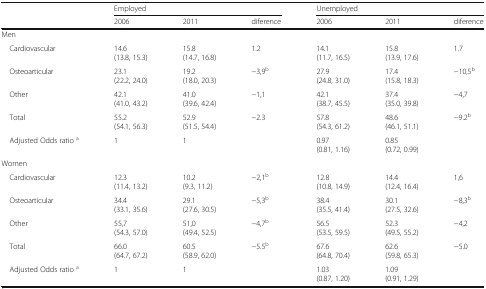
<table><thead><tr><td>[EMPTY_CELL]</td><td colspan="3"><b>Employed</b></td><td colspan="3"><b>Unemployed</b></td></tr><tr><td>[EMPTY_CELL]</td><td><b>2006</b></td><td><b>2011</b></td><td><b>diference</b></td><td><b>2006</b></td><td><b>2011</b></td><td><b>diference</b></td></tr></thead><tbody><tr><td colspan="7">Men</td></tr><tr><td> Cardiovascular</td><td>14.6(13.8, 15.3)</td><td>15.8(14.7, 16.8)</td><td>1.2</td><td>14.1(11.7, 16.5)</td><td>15.8(13.9, 17.6)</td><td>1.7</td></tr><tr><td> Osteoarticular</td><td>23.1(22.2, 24.0)</td><td>19.2(18.0, 20.3)</td><td>−3,9<sup>b</sup></td><td>27.9(24.8, 31.0)</td><td>17.4(15.8, 18.3)</td><td>−10,5<sup>b</sup></td></tr><tr><td> Other</td><td>42.1(41.0, 43.2)</td><td>41.0(39.6, 42.4)</td><td>−1,1</td><td>42.1(38.7, 45.5)</td><td>37.4(35.0, 39.8)</td><td>−4,7</td></tr><tr><td> Total</td><td>55.2(54.1, 56.3)</td><td>52.9(51.5, 54.4)</td><td>−2.3</td><td>57.8(54.3, 61.2)</td><td>48.6(46.1, 51.1)</td><td>−9.2<sup>b</sup></td></tr><tr><td> Adjusted Odds ratio <sup>a</sup></td><td>1</td><td>1</td><td>[EMPTY_CELL]</td><td>0.97(0.81, 1.16)</td><td>0.85(0.72, 0.99)</td><td>[EMPTY_CELL]</td></tr><tr><td colspan="7">Women</td></tr><tr><td> Cardiovascular</td><td>12.3(11.4, 13.2)</td><td>10.2(9.3, 11.2)</td><td>−2,1<sup>b</sup></td><td>12.8(10.8, 14.9)</td><td>14.4(12.4, 16.4)</td><td>1,6</td></tr><tr><td> Osteoarticular</td><td>34.4(33.1, 35.6)</td><td>29.1(27.6, 30.5)</td><td>−5,3<sup>b</sup></td><td>38.4(35.5, 41.4)</td><td>30.1(27.5, 32.6)</td><td>−8,3<sup>b</sup></td></tr><tr><td> Other</td><td>55,7(54.3, 57.0)</td><td>51,0(49.4, 52.5)</td><td>−4,7<sup>b</sup></td><td>56.5(53.5, 59.5)</td><td>52.3(49.5, 55.2)</td><td>−4,2</td></tr><tr><td> Total</td><td>66.0(64.7, 67.2)</td><td>60.5(58.9, 62.0)</td><td>−5.5<sup>b</sup></td><td>67.6(64.8, 70.4)</td><td>62.6(59.8, 65.3)</td><td>−5.0</td></tr><tr><td> Adjusted Odds ratio <sup>a</sup></td><td>1</td><td>1</td><td>[EMPTY_CELL]</td><td>1.03(0.87, 1.20)</td><td>1.09(0.91, 1.29)</td><td>[EMPTY_CELL]</td></tr></tbody></table>